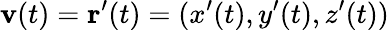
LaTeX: \mathbf{v}(t)=\mathbf{r}^{\prime}(t)=(x^{\prime}(t),y^{\prime}(t),z^{\prime}(t))